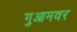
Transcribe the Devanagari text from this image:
गुआमवर